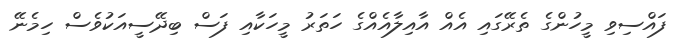
ފައްސިވި މީހުންގެ ތެރޭގައި އެއް އާއިލާއެއްގެ ހަތަރު މީހަކާއި ފަސް ބިދޭސީއަކުވެސް ހިމެނޭ